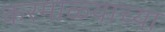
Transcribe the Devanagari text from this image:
करमाळ्याच्या